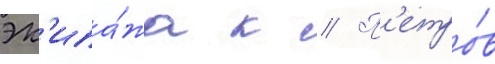
эк'ипа́жа к // П'етро́в